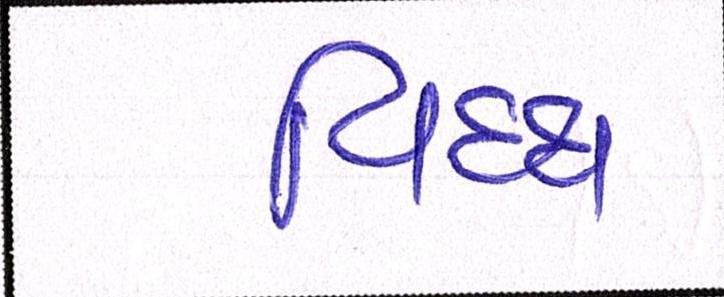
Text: વિઘ્ધ